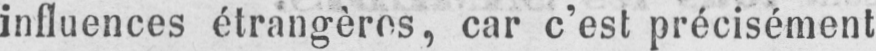
influences étrangères, car c’est précisément